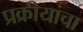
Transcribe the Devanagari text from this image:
प्रक्रीयांचा